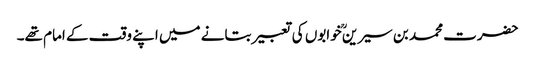
حضرت محمد بن سیرینؒ خوابوں کی تعبیر بتانے میں اپنے وقت کے امام تھے۔